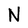
Character: N